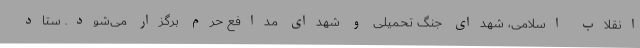
انقلاب اسلامی، شهدای جنگ تحمیلی و شهدای مدافع حرم برگزار می‌شود. ستاد